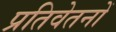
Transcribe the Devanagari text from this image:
प्रतिवेतनों